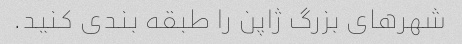
شهرهای بزرگ ژاپن را طبقه بندی کنید.